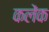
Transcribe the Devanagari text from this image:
कलेंक